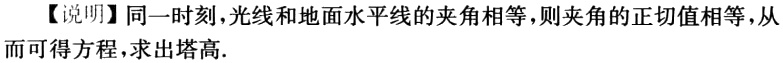
【说明】同一时刻，光线和地面水平线的夹角相等，则夹角的正切值相等，从而可得方程，求出塔高.